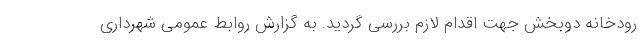
رودخانه دوبخش جهت اقدام لازم بررسی گردید. به گزارش روابط عمومی شهرداری